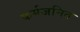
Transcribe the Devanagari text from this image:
कर्मजनित